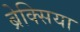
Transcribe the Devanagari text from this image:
ब्रेक्सिया